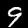
Label: 9